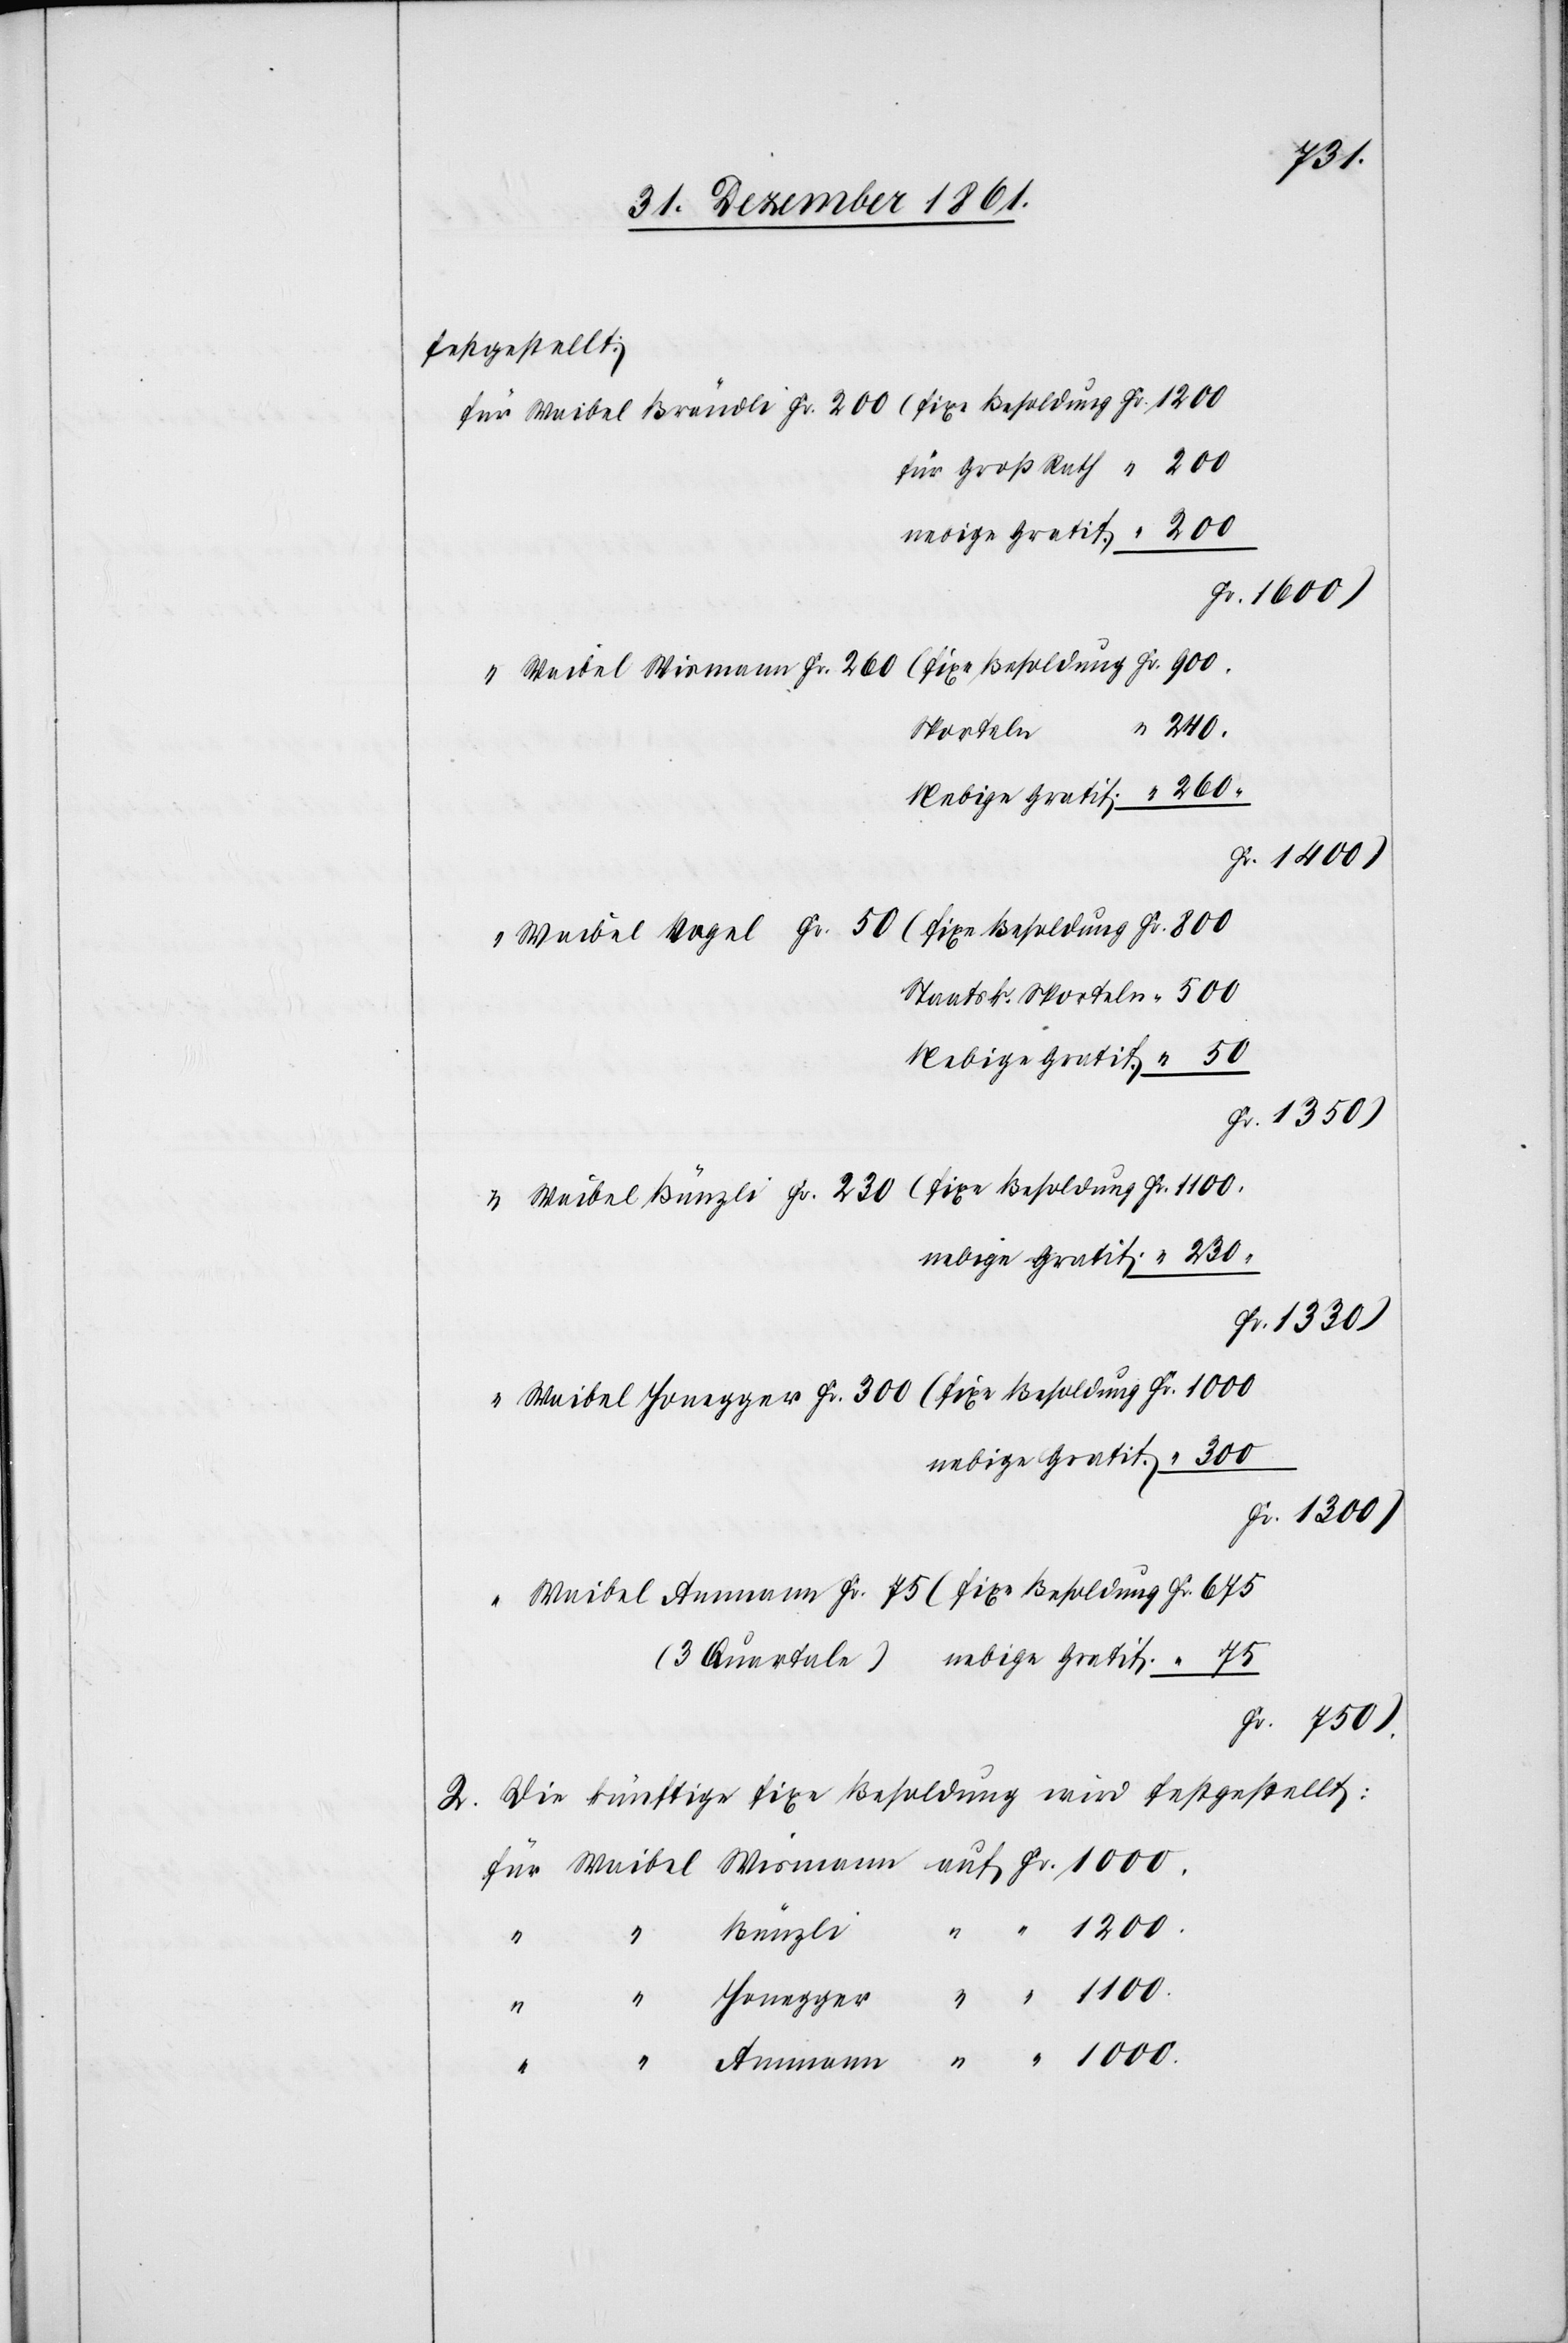
festgestellt:
für Waibel Brändli Fr. 200 (fixe Besoldung	Fr. 1200
für Groß Rath	 “ 200
nebige Gratif.	 “ 200
Fr. 1600)
(fixe Besoldung	Fr. 900.
“ Waibel Wismaan Fr. 260
240.
Sporteln	 “
Nebige Gratif.	 “ 260.
Fr. 1400)
“ Waibel Vogel Fr. 50 (fixe Besoldung	Fr. 800
Staatsk. Sporteln	 “ 500
Nebige Gratif.	 “ 50
Fr. 1330)
“ Waibel Bünzli Fr. 230 (fixe Besoldung	Fr. 1100.
nebige Gratif.	 “ 230.
“ Waibel Honegger Fr. 300 (fixe Besoldung	Fr. 1000.
nebige Gratif.	 “ 300.
“ 1200.
Waibel Ammann Fr. 75 (fixe Besoldung	Fr. 675
(3 Quartale)
nebige Gratif.	 “ 75
Fr. 750)
2. Die künftige fixe Besoldung wird festgestellt:
für Waibel Wismann auf Fr. 1000.
“ Honegger “ “ 1100
“
Ammann “ “ 1000.
Bünzli
“